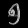
Digit: ၅